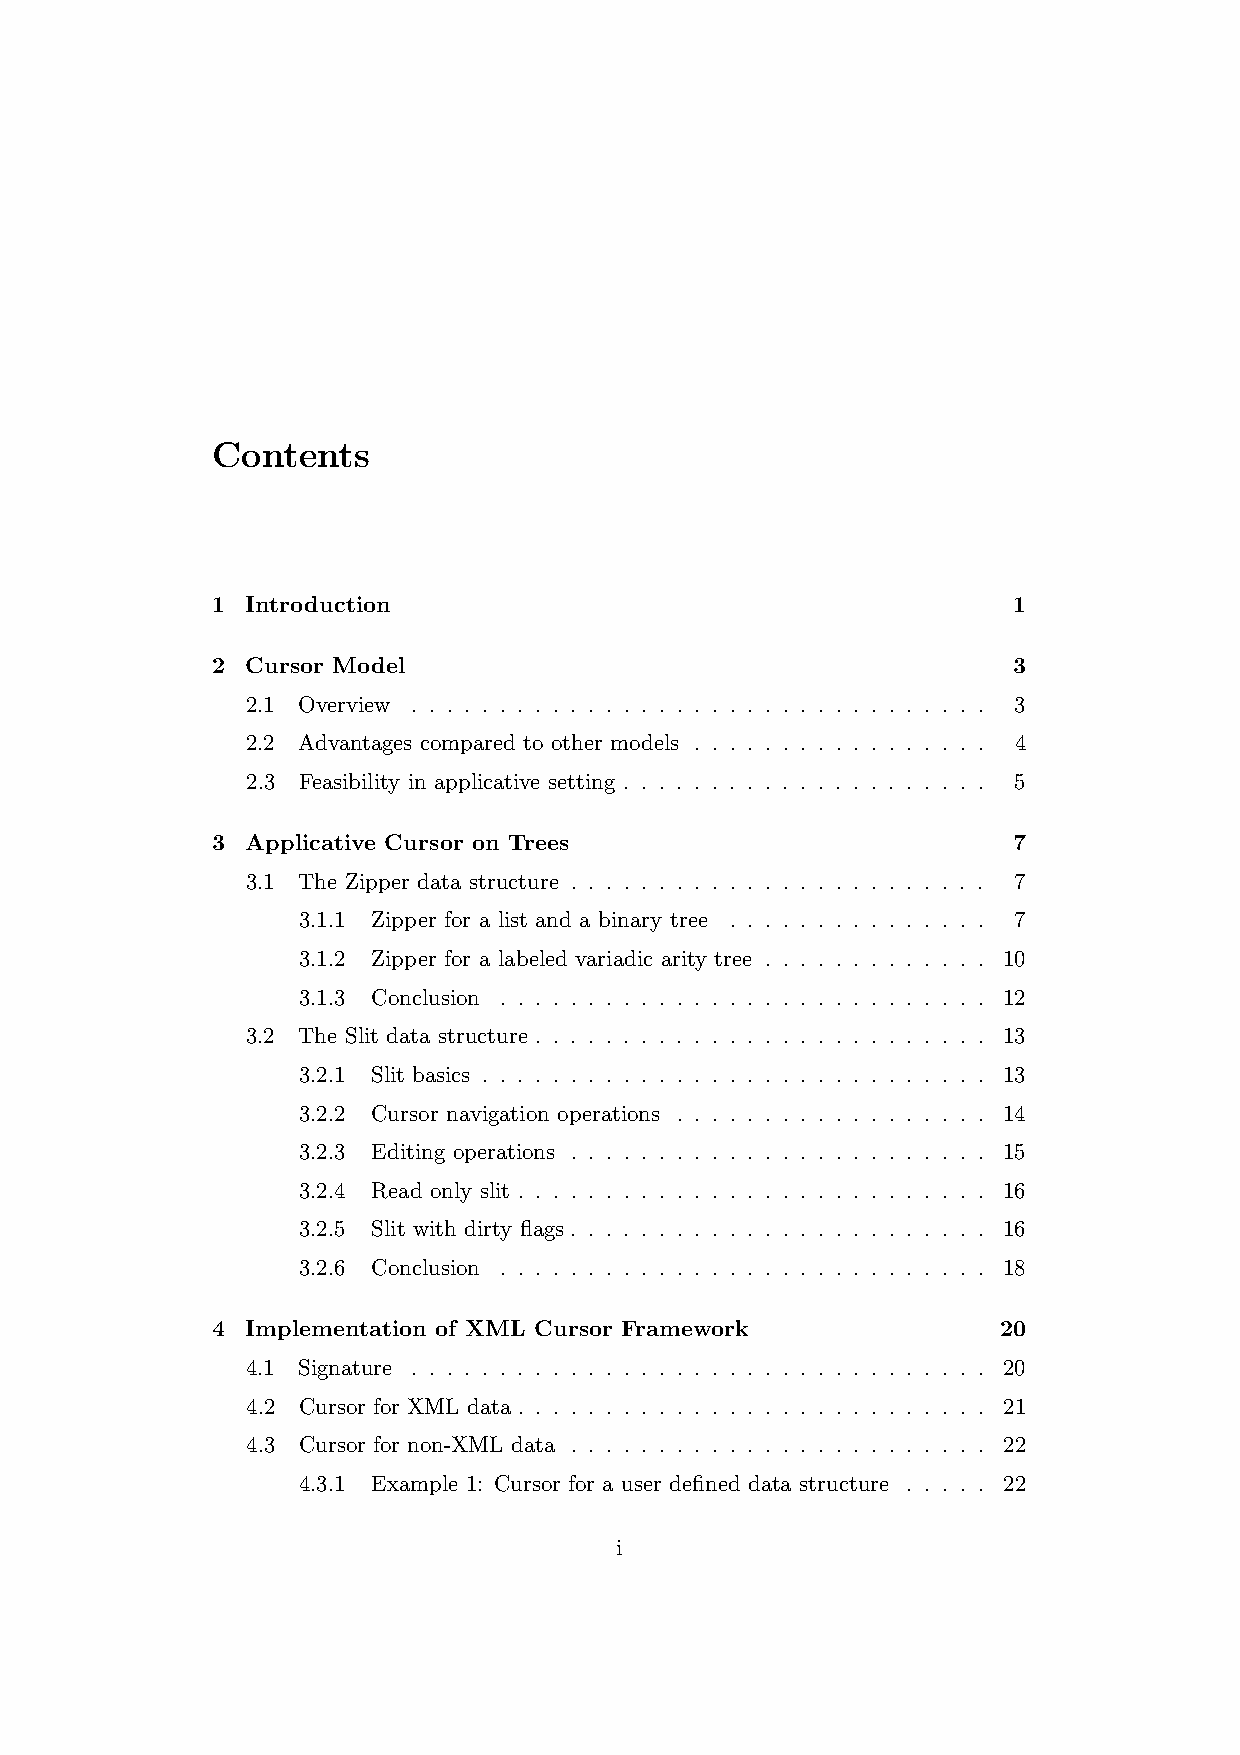
Contents
 1 Introduction                                       1
 2 Cursor Model                                       3
 2.1 Overview . . . . . . . . . . . . . . . . . . . . . . . . . . . . . . . . . 3
 2.2 Advantages compared to other models . . . . . . . . . . . . . . . . . 4
 2.3 Feasibility in applicative setting . . . . . . . . . . . . . . . . . . . . . 5
 3 Applicative Cursor on Trees                        7
 3.1 The Zipper data structure . . . . . . . . . . . . . . . . . . . . . . . . 7
 3.1.1 Zipper for a list and a binary tree . . . . . . . . . . . . . . . 7
 3.1.2 Zipper for a labeled variadic arity tree . . . . . . . . . . . . . 10
 3.1.3 Conclusion . . . . . . . . . . . . . . . . . . . . . . . . . . . . 12
 3.2 The Slit data structure . . . . . . . . . . . . . . . . . . . . . . . . . . 13
 3.2.1 Slit basics . . . . . . . . . . . . . . . . . . . . . . . . . . . . . 13
 3.2.2 Cursor navigation operations . . . . . . . . . . . . . . . . . . 14
 3.2.3 Editing operations . . . . . . . . . . . . . . . . . . . . . . . . 15
 3.2.4 Read only slit . . . . . . . . . . . . . . . . . . . . . . . . . . . 16
 3.2.5 Slit with dirty flags . . . . . . . . . . . . . . . . . . . . . . . . 16
 3.2.6 Conclusion . . . . . . . . . . . . . . . . . . . . . . . . . . . . 18
 4 Implementation of XML Cursor Framework            20
 4.1 Signature . . . . . . . . . . . . . . . . . . . . . . . . . . . . . . . . . 20
 4.2 Cursor for XML data . . . . . . . . . . . . . . . . . . . . . . . . . . . 21
 4.3 Cursor for non-XML data . . . . . . . . . . . . . . . . . . . . . . . . 22
 4.3.1 Example 1: Cursor for a user defined data structure . . . . . 22
 i